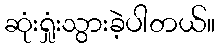
ဆုံးရှုံးသွားခဲ့ပါတယ်။